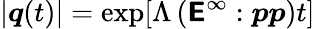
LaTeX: |\boldsymbol{q}(t)|=\exp[\Lambda\left(\boldsymbol{\mathsf{E}}^{\infty}:\boldsymbol{pp}\right)t]